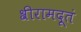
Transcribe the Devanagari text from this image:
श्रीरामदूतं